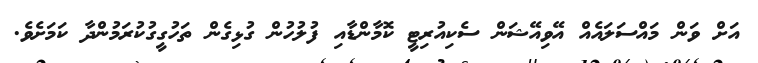
އަށް ވަން މައްސަލައެއް އޭވިއޭޝަން ސެކިއުރިޓީ ކޮމާންޑާއި ފުލުހުން ގުޅިގެން ތަހުގީގުކުރަމުންދާ ކަމަށެވެ.